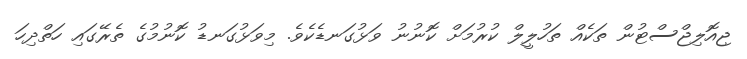
ޖިއޮލިޖްސްޓުން ތަކެއް ތަހުލީލް ކުރުމަށް ކޮނުނު ވަޅުގަނޑެކެވެ. މިވަޅުގަނޑު ކޮނުމުގެ ތެރޭގައި ހަތްދިހަ